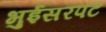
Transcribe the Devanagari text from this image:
भुईसरपट